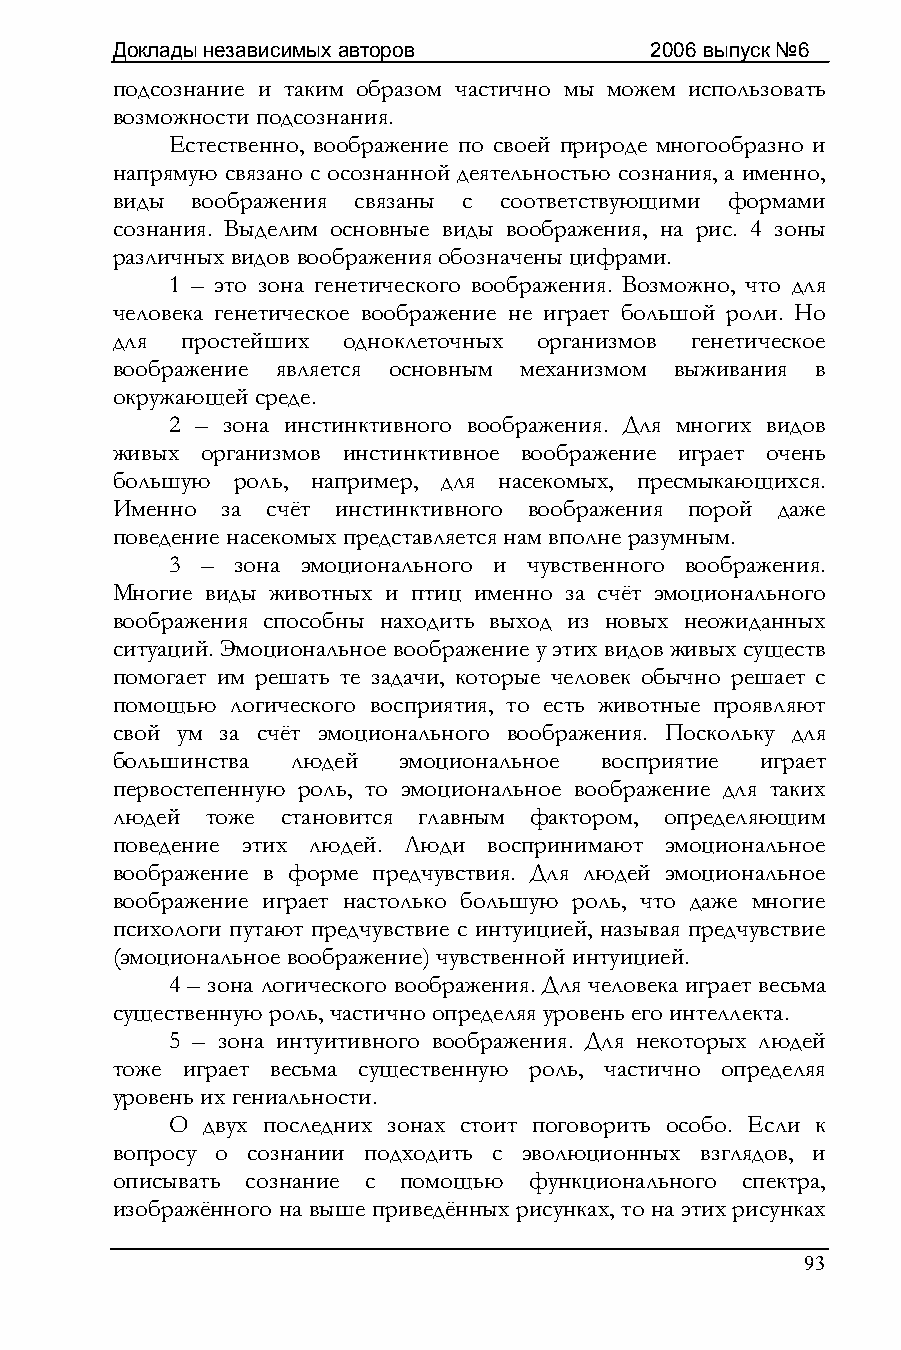
Доклады независимых авторов         2006 выпуск №6
 подсознание и таким образом частично мы можем использовать
 возможности подсознания.
 Естественно, воображение по своей природе многообразно и
 напрямую связано с осознанной деятельностью сознания, а именно,
 виды  воображения связаны с соответствующими формами
 сознания. Выделим основные виды воображения, на рис. 4 зоны
 различных видов воображения обозначены цифрами.
 1 – это зона генетического воображения. Возможно, что для
 человека генетическое воображение не играет большой роли. Но
 для  простейших одноклеточных организмов генетическое
 воображение является основным механизмом выживания в
 окружающей среде.
 2 – зона инстинктивного воображения. Для многих видов
 живых организмов инстинктивное воображение играет очень
 большую роль, например, для насекомых, пресмыкающихся.
 Именно  за счёт инстинктивного воображения порой даже
 поведение насекомых представляется нам вполне разумным.
 3 – зона эмоционального и чувственного воображения.
 Многие виды животных и птиц именно за счёт эмоционального
 воображения способны находить выход из новых неожиданных
 ситуаций. Эмоциональное воображение у этих видов живых существ
 помогает им решать те задачи, которые человек обычно решает с
 помощью логического восприятия, то есть животные проявляют
 свой ум за счёт эмоционального воображения. Поскольку для
 большинства людей  эмоциональное восприятие играет
 первостепенную роль, то эмоциональное воображение для таких
 людей  тоже становится главным фактором, определяющим
 поведение этих людей. Люди воспринимают эмоциональное
 воображение в форме предчувствия. Для людей эмоциональное
 воображение играет настолько большую роль, что даже многие
 психологи путают предчувствие с интуицией, называя предчувствие
 (эмоциональное воображение) чувственной интуицией.
 4 – зона логического воображения. Для человека играет весьма
 существенную роль, частично определяя уровень его интеллекта.
 5 – зона интуитивного воображения. Для некоторых людей
 тоже играет весьма существенную роль, частично определяя
 уровень их гениальности.
 О двух последних зонах стоит поговорить особо. Если к
 вопросу о сознании подходить с эволюционных взглядов, и
 описывать сознание с помощью функционального спектра,
 изображённого на выше приведённых рисунках, то на этих рисунках
 93